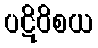
ပဋိဝိစယ